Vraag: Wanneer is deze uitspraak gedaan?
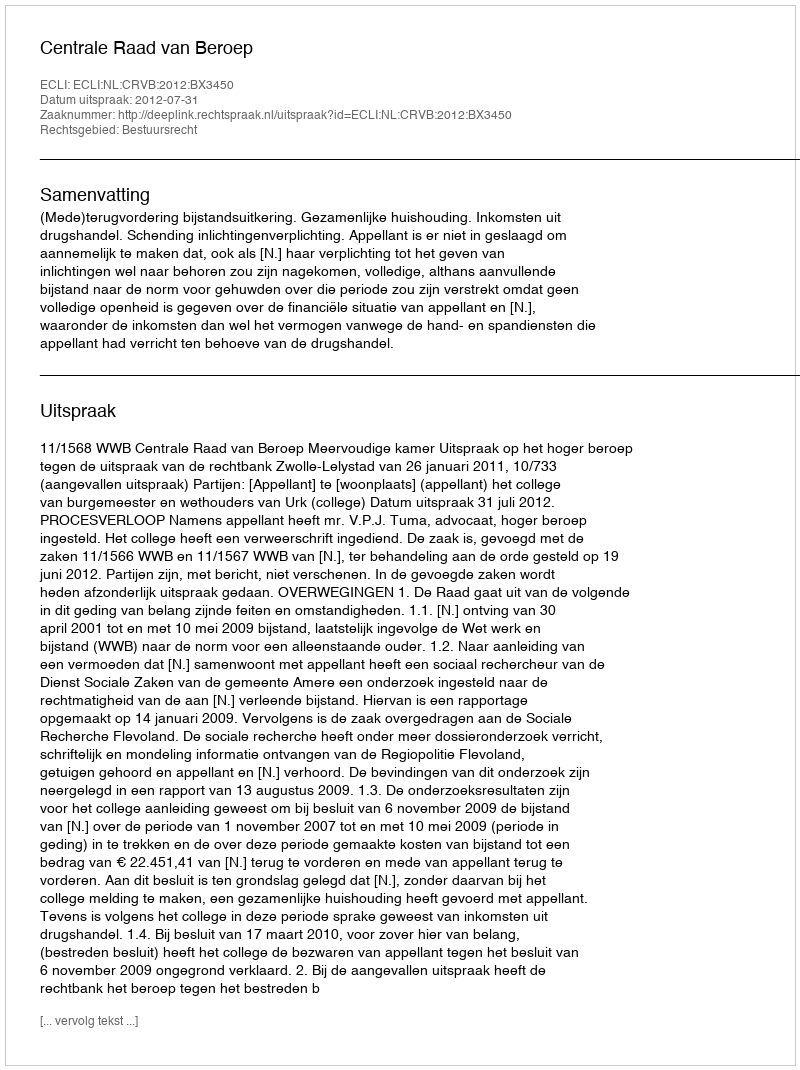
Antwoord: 2012-07-31